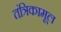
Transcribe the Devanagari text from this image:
तंत्रिकामूल